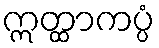
ဣတ္ထာကပ္ပံ